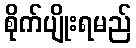
စိုက်ပျိုးရမည်